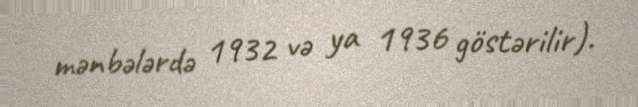
mənbələrdə 1932 və ya 1936 göstərilir).